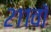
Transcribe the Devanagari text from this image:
२११वॉ